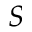
S